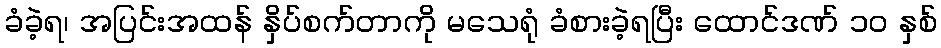
ခံခဲ့ရ၊ အပြင်းအထန် နှိပ်စက်တာကို မသေရုံ ခံစားခဲ့ရပြီး ထောင်ဒဏ် ၁၀ နှစ်